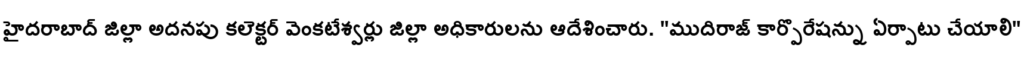
హైదరాబాద్ జిల్లా అదనపు కలెక్టర్ వెంకటేశ్వర్లు జిల్లా అధికారులను ఆదేశించారు. "ముదిరాజ్ కార్పొరేషన్ను ఏర్పాటు చేయాలి"